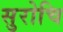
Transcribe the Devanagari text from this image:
सुरोचि